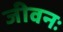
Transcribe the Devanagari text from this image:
जीवनः